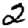
Digit: 2